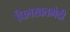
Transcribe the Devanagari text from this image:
चिलखतभेदी